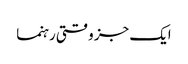
ایک جز وقتی رہنما